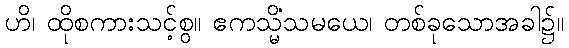
ဟိ၊ ထိုစကားသင့်စွ။ ဧကသ္မိံသမယေ၊ တစ်ခုသောအခါ၌။